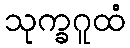
သုက္ခဂူထံ